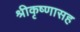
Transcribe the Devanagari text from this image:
श्रीकृष्णासह